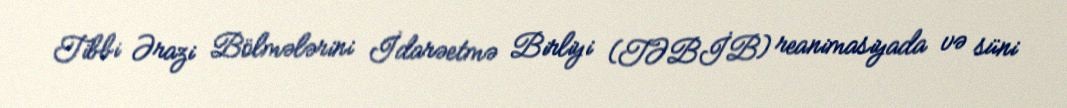
Tibbi Ərazi Bölmələrini İdarəetmə Birliyi (TƏBİB) reanimasiyada və süni